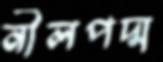
নীলপদ্ম